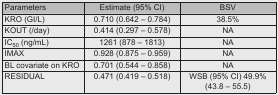
<table><thead><tr><td><b>Parameters</b></td><td><b>Estimate (95% CI)</b></td><td><b>BSV</b></td></tr></thead><tbody><tr><td>KRO (GI/L)</td><td>0.710 (0.642 – 0.784)</td><td>38.5%</td></tr><tr><td>KOUT (/day)</td><td>0.414 (0.297 – 0.578)</td><td>NA</td></tr><tr><td>IC<sub>50</sub> (ng/mL)</td><td>1261 (878 – 1813)</td><td>NA</td></tr><tr><td>IMAX</td><td>0.928 (0.875 – 0.959)</td><td>NA</td></tr><tr><td>BL covariate on KRO</td><td>0.701 (0.544 – 0.858)</td><td>NA</td></tr><tr><td>RESIDUAL</td><td>0.471 (0.419 – 0.518)</td><td>WSB (95% CI) 49.9% (43.8 – 55.5)</td></tr></tbody></table>